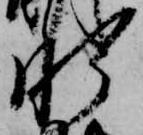
肝